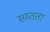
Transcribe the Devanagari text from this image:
सम्तता